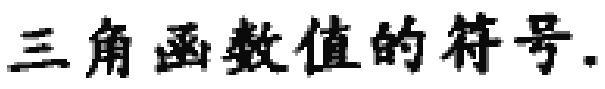
三角函数值的符号.